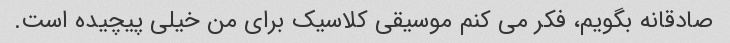
صادقانه بگویم، فکر می کنم موسیقی کلاسیک برای من خیلی پیچیده است.